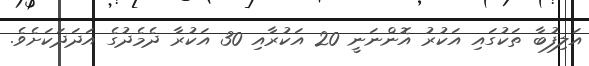
އަލިފުބާ ތަކުގައި އަކުރު އޮންނަނީ 20 އަކުރާއި 30 އަކުރާ ދެމެދުގެ އަދަދަކަށެވެ.